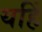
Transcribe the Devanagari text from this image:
यहिं